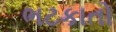
ભટકાતો